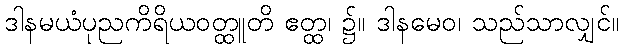
ဒါနမယံပုညကိရိယဝတ္ထူတိ ဧတ္ထ၊ ၌။ ဒါနမေဝ၊ သည်သာလျှင်။